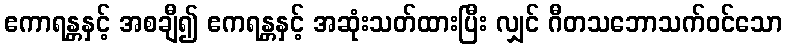
ဧကာရန္တနှင့် အစချီ၍ ဧကရန္တနှင့် အဆုံးသတ်ထားပြီး လျှင် ဂီတသဘောသက်ဝင်သော